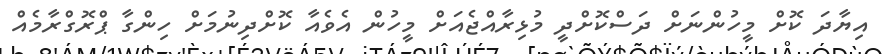
އިޔާދަ ކޮށް މީހުންނަށް ދަސްކޮށްދީ މުޅިރާއްޖެއަށް މީހުން އެވެއާ ކޮށްދިނުމަށް ހިންގާ ޕްރޮގްރާމެއް